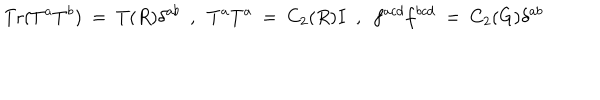
LaTeX: \mathrm { T r } ( T ^ { a } T ^ { b } ) ~ = ~ T ( R ) \delta ^ { a b } ~ ~ , ~ ~ T ^ { a } T ^ { a } ~ = ~ C _ { 2 } ( R ) I ~ ~ , ~ ~ f ^ { a c d } f ^ { b c d } ~ = ~ C _ { 2 } ( G ) \delta ^ { a b }